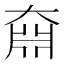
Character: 𡙆